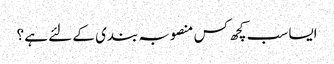
ایسا سب کچھ کس منصوبہ بندی کے لئے ہے ؟